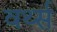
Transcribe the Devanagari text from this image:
वर्थ्स